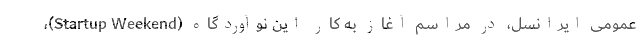
عمومی ایرانسل، در مراسم آغاز به کار این نوآوردگاه (Startup Weekend)،